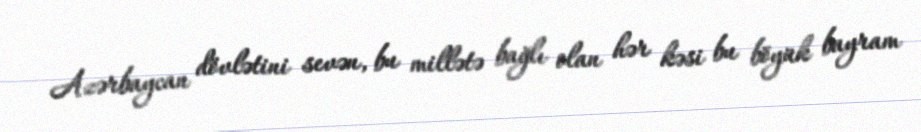
Azərbaycan dövlətini sevən, bu millətə bağlı olan hər kəsi bu böyük bayram